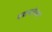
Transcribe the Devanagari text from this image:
पद्मनतेश्वर